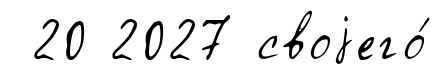
20 2027 своjего́